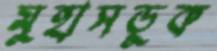
মুহাসড়ুক